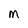
Character: M